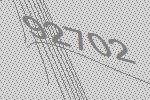
92702